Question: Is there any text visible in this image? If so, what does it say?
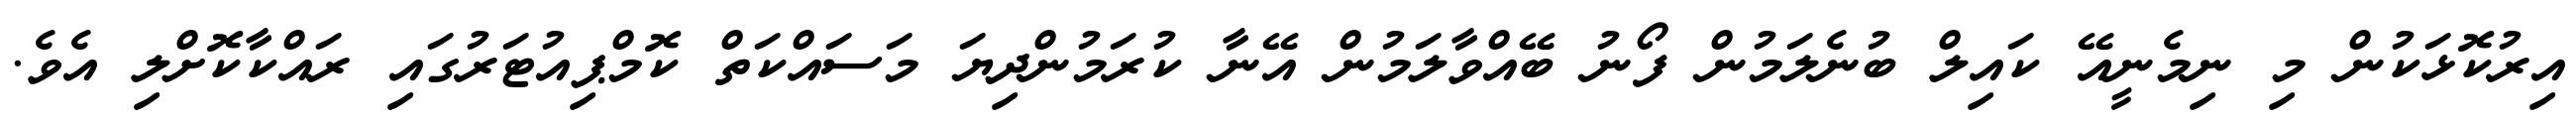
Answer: އިރުކޮޅަކުން މި ނިމެނީއޭ ކައިލް ބުނެލަމުން ފޯނު ބޭއްވާލަމުން އޭނާ ކުރަމުންދިޔަ މަސައްކަތް ކޮމްޕިއުޓަރުގައި ރައްކާކޮށްލި އެވެ.